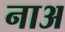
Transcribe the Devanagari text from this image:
नाअ